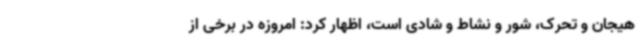
هیجان و تحرک، شور و نشاط و شادی است، اظهار کرد: امروزه در برخی از